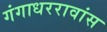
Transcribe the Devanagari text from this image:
गंगाधररावांस